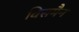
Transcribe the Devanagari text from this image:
विसमैन